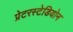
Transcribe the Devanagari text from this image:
प्रेटरस्टेडियोन